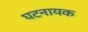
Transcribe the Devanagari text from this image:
घटनायक